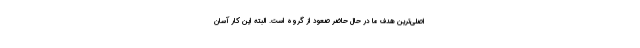
اصلی‌ترین هدف ما در حال حاضر صعود از گروه است. البته این کار آسان